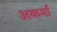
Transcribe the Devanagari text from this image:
अकर्मा